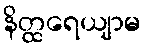
နိတ္ထရေယျာမ